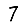
Digit: 7